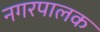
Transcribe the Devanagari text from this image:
नगरपालक